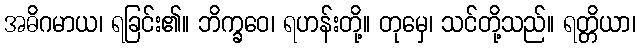
အဓိဂမာယ၊ ရခြင်း၏။ ဘိက္ခဝေ၊ ရဟန်းတို့။ တုမှေ၊ သင်တို့သည်။ ရတ္တိယာ၊